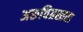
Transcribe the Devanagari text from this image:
अरूचिग्रस्तता